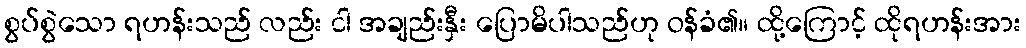
စွပ်စွဲသော ရဟန်းသည် လည်း ငါ အချည်းနှီး ပြောမိပါသည်ဟု ဝန်ခံ၏။ ထို့ကြောင့် ထိုရဟန်းအား